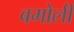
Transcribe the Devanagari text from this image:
बमोली